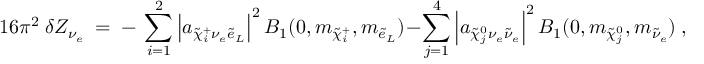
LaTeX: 1 6 \pi ^ { 2 } ~ \delta Z _ { \nu _ { e } } \ = \ - \ \sum _ { i = 1 } ^ { 2 } \left| a _ { \tilde { \chi } _ { i } ^ { + } \nu _ { e } \tilde { e } _ { L } } \right| ^ { 2 } B _ { 1 } ( 0 , m _ { \tilde { \chi } _ { i } ^ { + } } , m _ { \tilde { e } _ { L } } ) - \sum _ { j = 1 } ^ { 4 } \left| a _ { \tilde { \chi } _ { j } ^ { 0 } \nu _ { e } \tilde { \nu } _ { e } } \right| ^ { 2 } B _ { 1 } ( 0 , m _ { \tilde { \chi } _ { j } ^ { 0 } } , m _ { \tilde { \nu } _ { e } } ) ~ ,